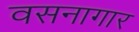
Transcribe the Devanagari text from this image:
वसनागार